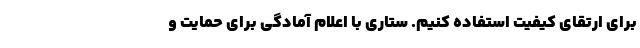
برای ارتقای کیفیت استفاده کنیم. ستاری با اعلام آمادگی برای حمایت و